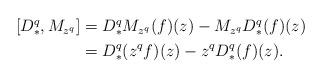
LaTeX: \begin{align*}\begin{aligned}[D_*^q,M_{z^q}]&=D^q_*M_{z^q}(f)(z)-M_{z^q}D_*^q(f)(z)\\&=D^q_*(z^qf)(z)-z^qD_*^q(f)(z).\end{aligned}\end{align*}